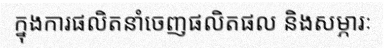
ក្នុងការផលិតនាំចេញផលិតផល និងសម្ភារៈ